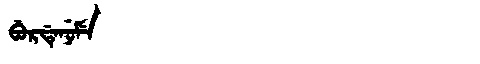
Manchu: ᠪᡠᡵᡩᡝᠨᡠᠮᡝ
Romanization: BURDENUME